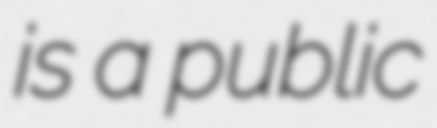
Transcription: is a public